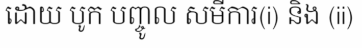
ដោយ បូក បញ្ចូល សមីការ(i) និង (ii)